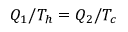
Q _ { 1 } / T _ { h } = Q _ { 2 } / T _ { c }